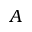
A